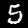
Digit: 5